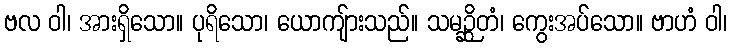
ဗလ ဝါ၊ အားရှိသော။ ပုရိသော၊ ယောကျ်ားသည်။ သမဉ္ဆိတံ၊ ကွေးအပ်သော။ ဗာဟံ ဝါ၊